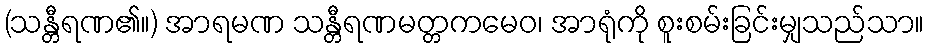
(သန္တီရဏ၏။) အာရမဏ သန္တီရဏမတ္တကမေဝ၊ အာရုံကို စူးစမ်းခြင်းမျှသည်သာ။